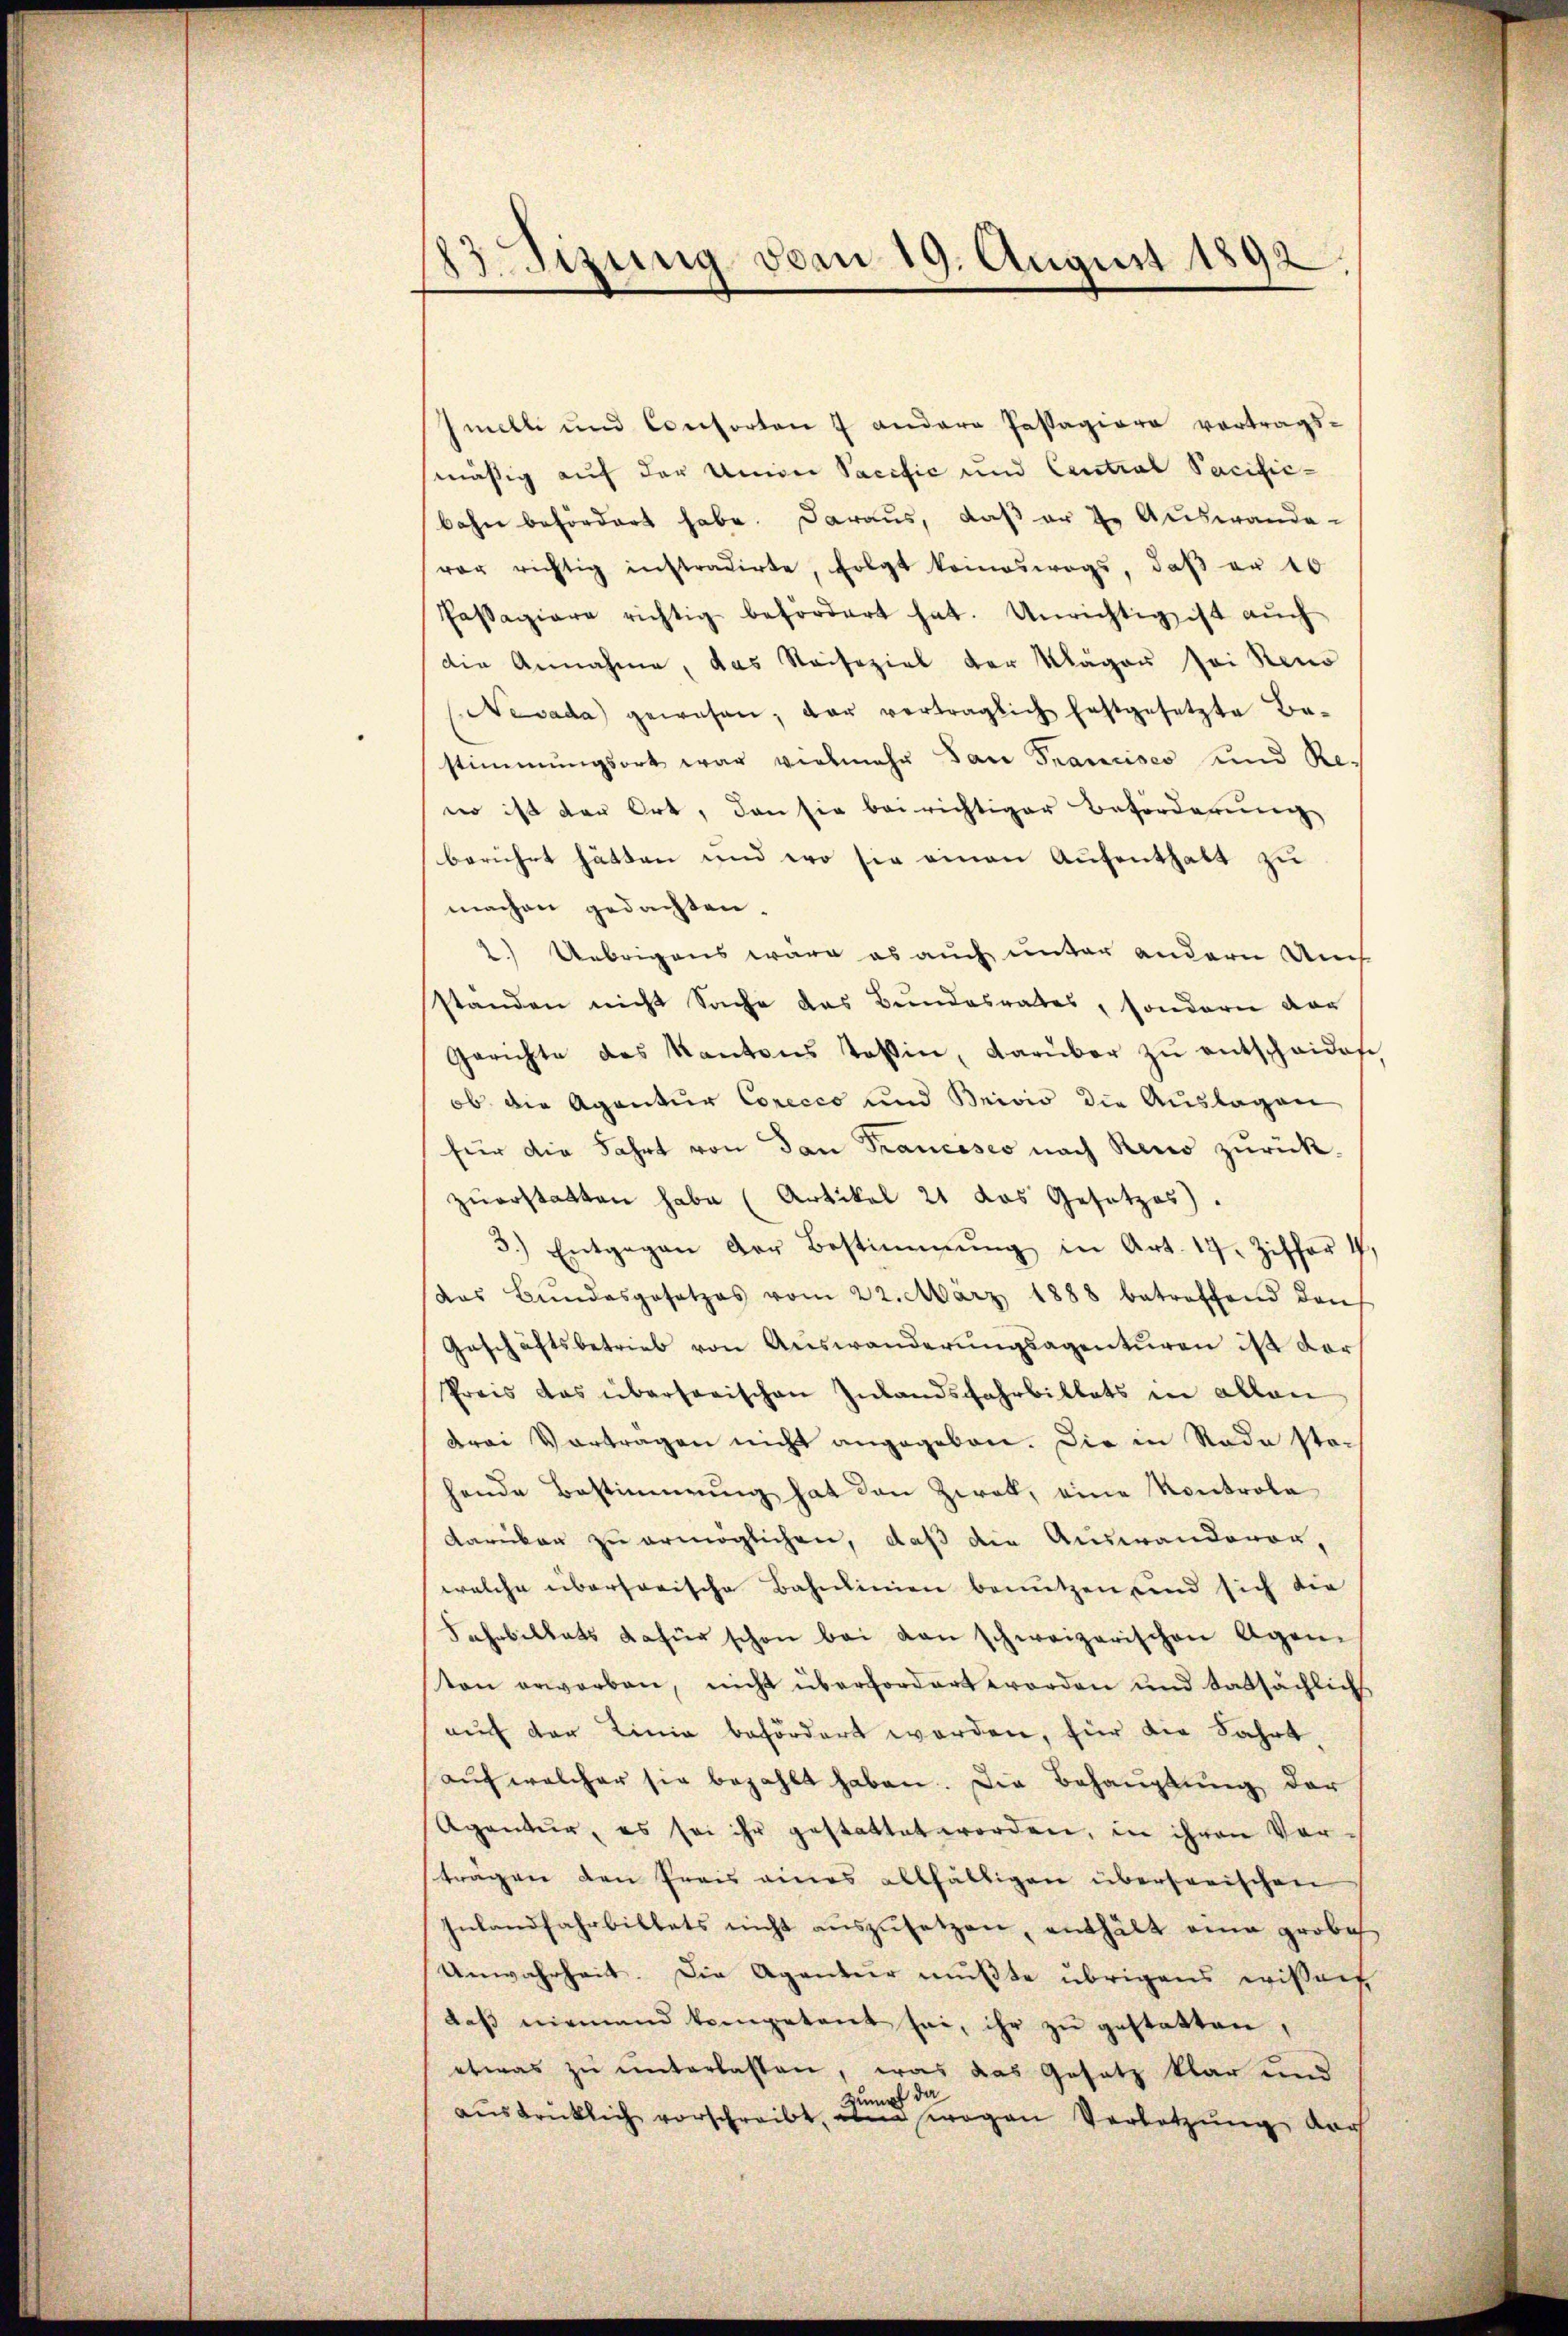
13 Tizung vom 19. August 1892

Imelli und Consorten 7 andere Passagiere vortrags-
mäßig auf der Univer Sacific und Central Pacific-
bahn befördert habe. Daraus, daß er 2. Auswande-
er richtig instradirte, folgt keineswegs, daβ er 10
Passagiere richtig befördert hat. Unrichtig ist aŭch
die Annahme, das Saisozial der Kläger sei Reno
Nevada gewesen, der vertraglich festgesetzte Be-
stimmungsort war vielmehr dan Francisco und Re-
no ist der Ort, den sie bei richtiger Beförderung
berührt hätten und wo sie einen Aufenthalt zu
machen gedachten.
2.) Uebrigens wäre es auch unter andern Auch
standen nicht Sache das Bundesrates, sondern dar
Gerichte des Kantons Teßin, darüber zŭ entscheiden,
ob die Agentur Corecco und Brivio die Aŭslagen
für die Fahrt von dan Francesco nach Reno zurück-
zŭerstatten habe (Artikel 21 das Gesetzes).
3.) Entgegen der Bestimmung in Art. 17. Ziffer 4,
das Bŭndesgesetzes vom 22. März 1888 betreffend dan
Geschäftsbetrieb von Auswanderungsagenturen ist dar¬
Preis das übersorischen Inlandsfahrbillets in allen
drei Vortragen nicht angegeben. Die in Rade sta-
hende Bestimmung hat den Zwak, eine Kontrole
Karikar zu ermöglichen, daß die Auswanderen,
welche überhorische Bahnlinien benutzen und sich die
Fahrbillats dafür schon bei von schweizerischen Agen
ten erworben, nicht überfordert worden und tatsächlich
auf der Linie befördert worden, für die Fahrt,
auf welcher sie bezahlt haben. Die Behauptung der
Agentur, es sei ihr gestattet worden, in ihren Vor-
tragen den Preis eines allfältigen übersorischen
Inlandfahrbillets nicht aŭszŭsetzen, enthält eine grobeh
Unwahrheit. Die Agentur mußte übrigens wisser
daβ niemand kompetent sei, ihr zŭ gestatten,
etwas zu unterlassen, was das Gesetz klar und
Kumpf da
aŭstricklich vorschreibt, eben wegen Verletzung dar